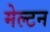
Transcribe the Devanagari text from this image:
मेल्टन